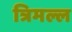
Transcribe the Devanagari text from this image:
त्रिमल्ल